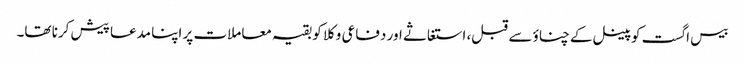
بیس اگست کو پینل کےچناؤ سے قبل، استغاثے اور دفاعی وکلا کو بقیہ معاملات پر اپنا مدعا پیش کرنا تھا۔